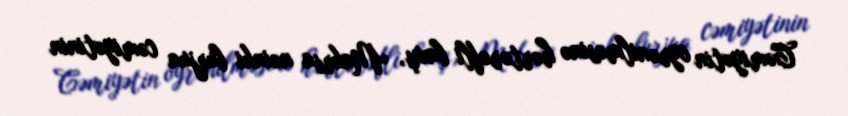
Cəmiyətin öyrənilməsinə hərtərəfli baxış, Makrsa nəinki burjua cəmiyətinin